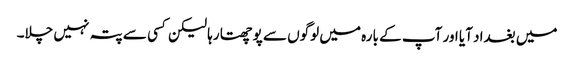
میں بغداد آیا اور آپ کے بارہ میں لوگوں سے پوچھتا رہا لیکن کسی سے پتہ نہیں چلا۔